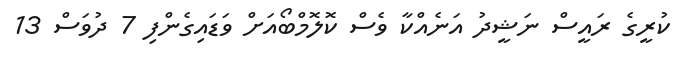
ކުރީގެ ރައީސް ނަޝީދު އަނެއްކާ ވެސް ކޮލޮމްބޯއަށް ވަޑައިގެންފި 7 ދުވަސް 13